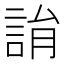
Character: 𧨜